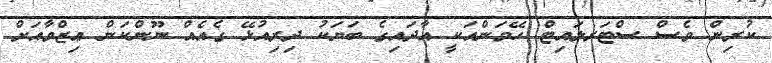
ކުރިން ވެސް ސްޓަރލައިޓް ހޭވަންއަކީ އާދައިގެ ބަޔަކު ދިރިއުޅޭ ގެއެއް ނޫންކަން ޢިޒްވާއަށް